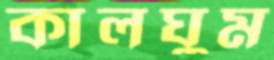
কালঘুম